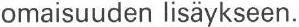
omaisuuden lisäykseen.